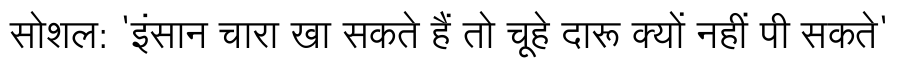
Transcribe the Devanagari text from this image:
सोशल: 'इंसान चारा खा सकते हैं तो चूहे दारू क्यों नहीं पी सकते'